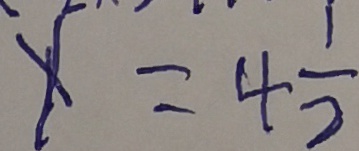
x = 4 \frac { 1 } { 2 }